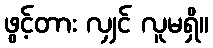
ဖွင့်တား လျှင် လူမရှိ။